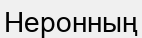
Неронның